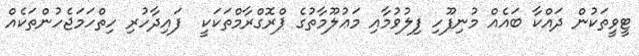
ޓީވީތަކުން ދައްކާ ބައެއް މުނިފޫހި ފިލުވުމާއި މަޢުލޫމާތުގެ ޕްރޮގްރާމްތަކަކީ  ފައިދާހުރި ހިތްހަމަޖެހުންތަކެއް